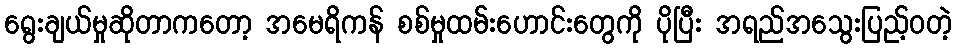
ရွေးချယ်မှုဆိုတာကတော့ အမေရိကန် စစ်မှုထမ်းဟောင်းတွေကို ပိုပြီး အရည်အသွေးပြည့်ဝတဲ့